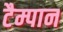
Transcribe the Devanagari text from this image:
टैम्पान